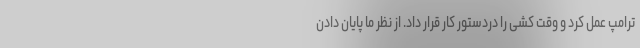
ترامپ عمل کرد و وقت کشی را دردستور کار قرار داد. از نظر ما پایان دادن